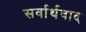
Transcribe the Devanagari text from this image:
सर्वार्थवाद